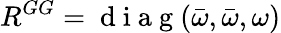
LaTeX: R^{GG}=\mathrm{~d~i~a~g~}(\bar{\omega},\bar{\omega},\omega)